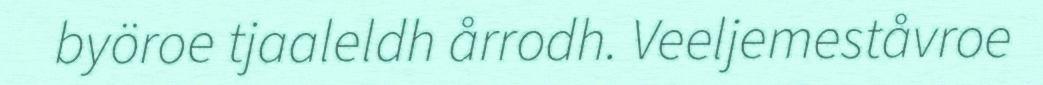
byöroe tjaaleldh årrodh. Veeljemeståvroe